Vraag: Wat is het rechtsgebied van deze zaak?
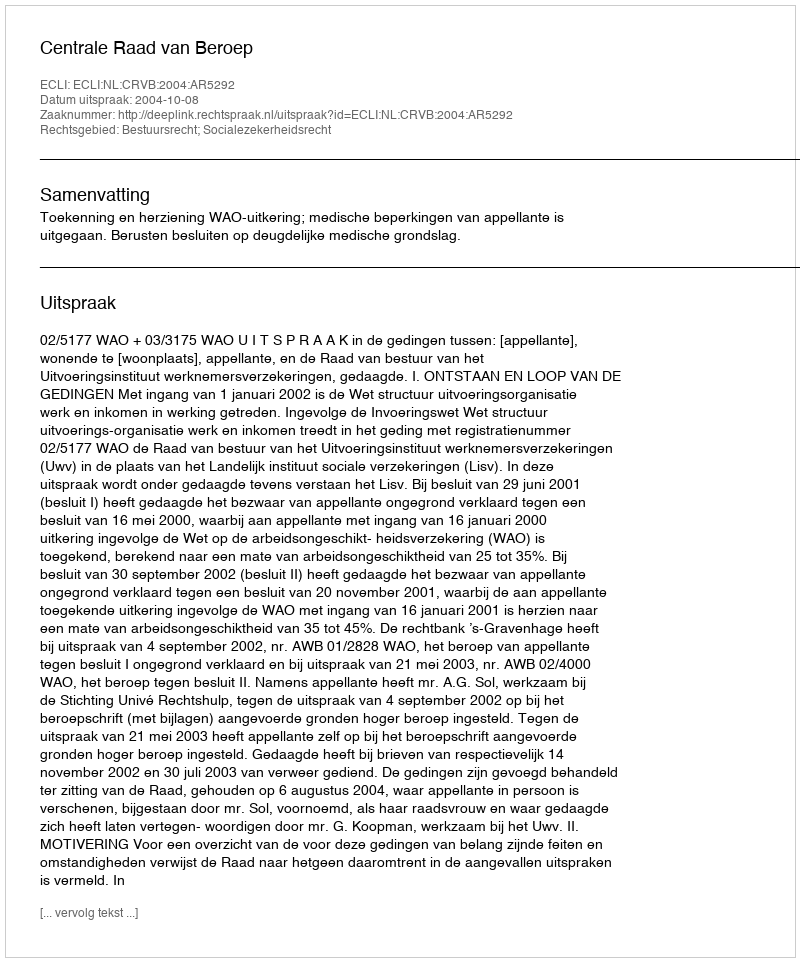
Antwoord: Bestuursrecht; Socialezekerheidsrecht